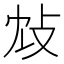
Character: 𢻼